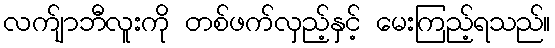
လက်ျာဘီလူးကို တစ်ဖက်လှည့်နှင့် မေးကြည့်ရသည်။